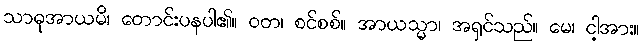
သာဓုအာယမိ၊ တောင်းပနပါ၏။ ဝတ၊ စင်စစ်။ အာယသ္မာ၊ အရှင်သည်။ မေ၊ ငါ့အား။